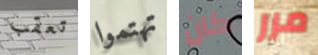
تعقب تهتموا كان مرر